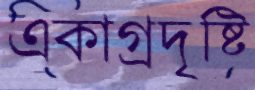
একাগ্রদৃষ্টি